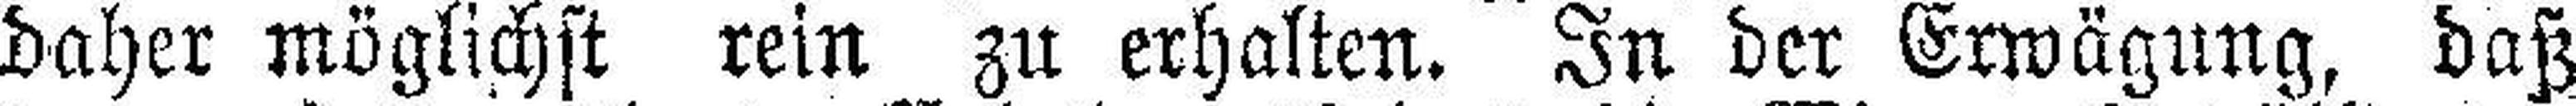
daher möglichst rein zu erhalten. In der Erwägung, daß